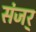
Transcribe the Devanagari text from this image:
संजर्